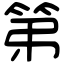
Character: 第